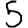
Digit: 5